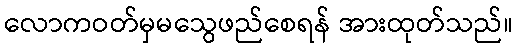
လောကဝတ်မှမသွေဖည်စေရန် အားထုတ်သည်။